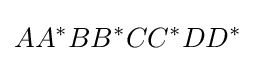
AA^{*}BB^{*}CC^{*}DD^{*}